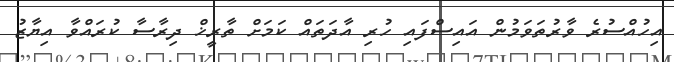
އިހުއްސުރެ ވާރުތަވަމުން އައިސްފައި ހުރި އާދަތައް ކަމަށް ތާރީޚް ދިރާސާ ކުރައްވާ އިޔާޒު